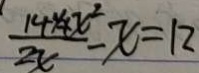
\frac { 1 4 4 + x ^ { 2 } } { 2 x } - x = 1 2